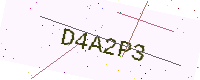
Text: D4A2P3